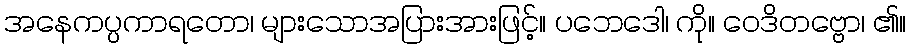
အနေကပ္ပကာရတော၊ များသောအပြားအားဖြင့်။ ပဘေဒေါ၊ ကို။ ဝေဒိတဗ္ဗော၊ ၏။